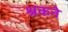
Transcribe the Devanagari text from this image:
श्रकने